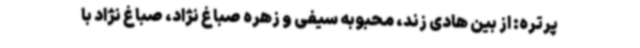
پرتره: از بین هادی زند، محبوبه سیفی و زهره صباغ نژاد، صباغ نژاد با